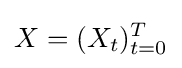
X=(X_{t})_{t=0}^{T}